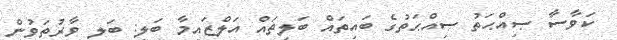
ކަވާސާ ޞިއްޙަތު ޞިއްޙަތުގެ ބައިތައް ބަލިތައް އަލްޒައިމާ ބަލި: ބަލި ވާރުތަވުން